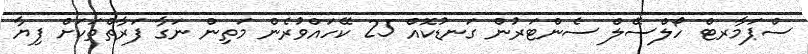
ސްޕަމާރޓް ހޯލްސޭލް ސެންޓަރުން ގަނޑުކޮއް 25 ކޭހައްވުރެން މަތިން ނަގާ ފަރާތްތަކަށް ފިޔާ